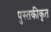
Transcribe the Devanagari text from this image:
पुस्तकीकृत